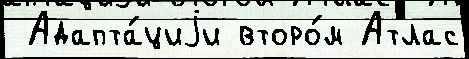
 Адапта́циjи второ́м Атлас